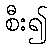
စီး၍